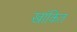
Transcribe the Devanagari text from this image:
खांकित